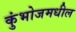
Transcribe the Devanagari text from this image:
कुंभोजमधील